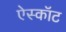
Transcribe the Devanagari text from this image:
ऐस्कॉट